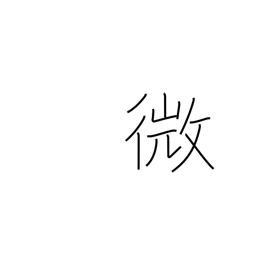
Meaning: delicate